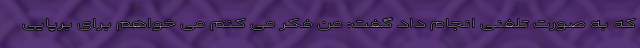
که به صورت تلفنی انجام داد گفت: من فکر می کنم می خواهم برای برپایی